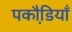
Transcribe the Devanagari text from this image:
पकौडि़याँ